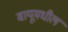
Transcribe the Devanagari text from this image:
वायूमधील